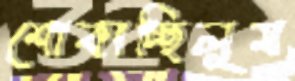
শোকাচ্ছিলুম